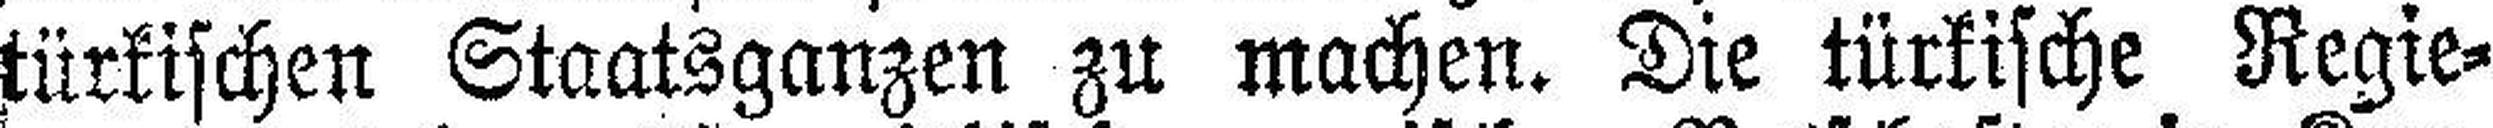
türkischen Staatsganzen zu machen. Die türkische Regie¬